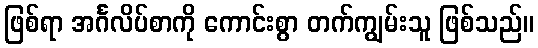
ဖြစ်ရာ အင်္ဂလိပ်စာကို ကောင်းစွာ တက်ကျွမ်းသူ ဖြစ်သည်။